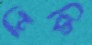
নিকি